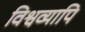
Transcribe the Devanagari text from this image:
विश्वव्यापि